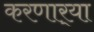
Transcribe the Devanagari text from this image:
करणार्‍या